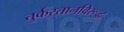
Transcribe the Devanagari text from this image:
तुर्कस्तानविरूद्ध